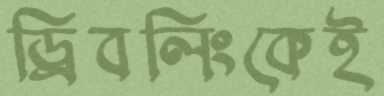
ড্রিবলিংকেই